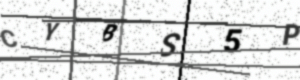
Text: CYBS5P